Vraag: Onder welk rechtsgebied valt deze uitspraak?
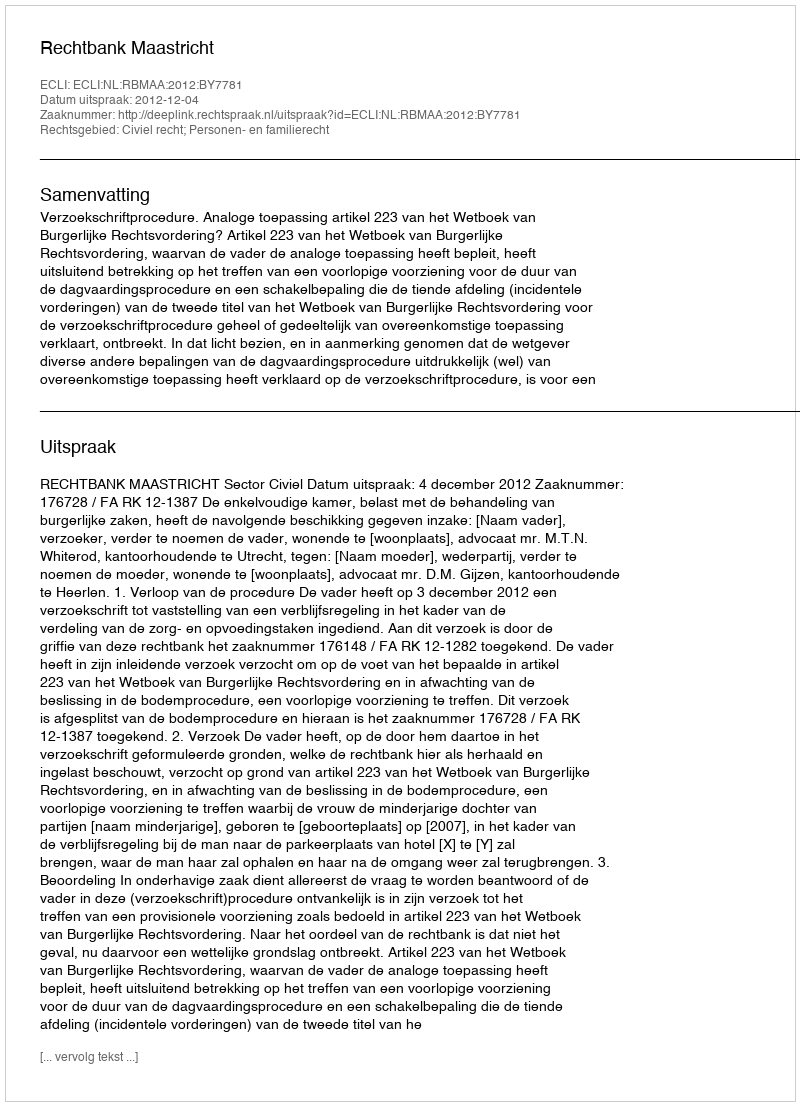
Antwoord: Civiel recht; Personen- en familierecht